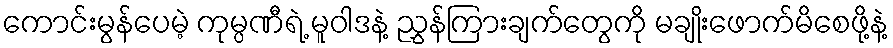
ကောင်းမွန်ပေမဲ့ ကုမ္ပဏီရဲ့ မူဝါဒနဲ့ ညွှန်ကြားချက်တွေကို မချိုးဖောက်မိစေဖို့နဲ့